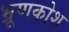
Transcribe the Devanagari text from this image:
भ्रूणकोश